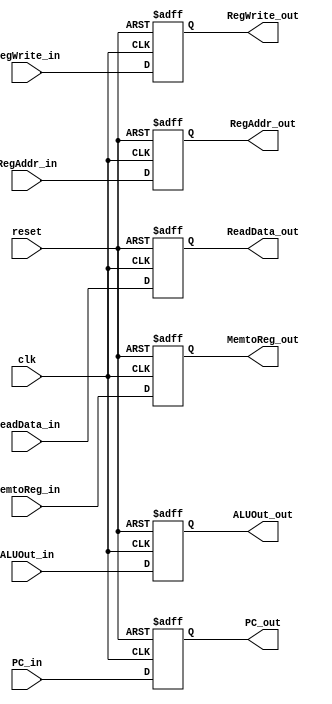
//register MEM to WB
module MEM2WB(clk, reset, PC_in, PC_out,
    ReadData_in, ReadData_out, ALUOut_in, ALUOut_out, RegAddr_in, RegAddr_out,
    MemtoReg_in, MemtoReg_out, RegWrite_in, RegWrite_out);
    
    input clk, reset;
    input [31:0] PC_in;
    input [31:0] ReadData_in;
    input [31:0] ALUOut_in;
    input [4:0] RegAddr_in;
    input [1:0] MemtoReg_in;
    input RegWrite_in;
    
    output [31:0] PC_out;
    output [31:0] ReadData_out;
    output [31:0] ALUOut_out;
    output [4:0] RegAddr_out;
    output [1:0] MemtoReg_out;
    output RegWrite_out;
    
    reg [31:0] PC_out;
    reg [31:0] ReadData_out;
    reg [31:0] ALUOut_out;
    reg [4:0] RegAddr_out;
    reg [1:0] MemtoReg_out;
    reg RegWrite_out;
    
    always @(posedge clk or posedge reset)
    begin
        if (reset)
        begin
            PC_out <= 32'h8000_0000;
            ReadData_out <= 32'h0000_0000;
            ALUOut_out <= 32'h0000_0000;
            RegAddr_out <= 5'b00000;
            MemtoReg_out <= 2'b00;
            RegWrite_out <= 1'b0;
        end 
        else 
        begin
            PC_out <= PC_in;
            ReadData_out <= ReadData_in;
            ALUOut_out <= ALUOut_in;
            RegAddr_out <= RegAddr_in;
            MemtoReg_out <= MemtoReg_in;
            RegWrite_out <= RegWrite_in;
        end
    end
endmodule